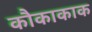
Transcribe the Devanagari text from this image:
कौकाकाक